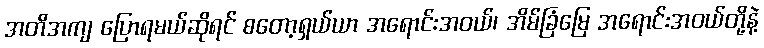
အတိအကျ ပြောရမယ်ဆိုရင် စတော့ရှယ်ယာ အရောင်းအဝယ်၊ အိမ်ခြံမြေ အရောင်းအဝယ်တို့နဲ့